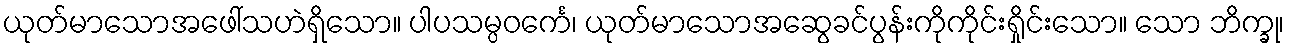
ယုတ်မာသောအဖေါ်သဟဲရှိသော။ ပါပသမ္ပဝင်္ကေ၊ ယုတ်မာသောအဆွေခင်ပွန်းကိုကိုင်းရှိုင်းသော။ သော ဘိက္ခု၊